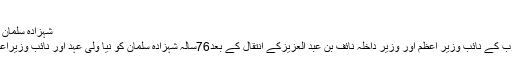
محمد خالد أعظمى
شہزادہ سلمان نئے ولی عہد مقرر
ریاض: سعودی عرب کے نائب وزیر اعظم اور وزیر داخلہ نائف بن عبد العزیزکے انتقال کے بعد76سالہ شہزادہ سلمان کو نیا ولی عہد اور نائب وزیراعظم مقرر کیاگیاہے۔